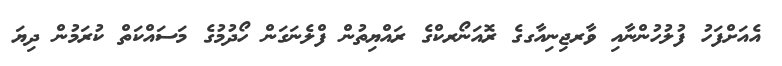
އެއަށްފަހު ފުލުހުންނާއި ވާރޖިނިއާގގެ ރޮއަނޯރކްގެ ރައްޔިތުން ފްލެނަގަން ހޯދުމުގެ މަސައްކަތް ކުރަމުން ދިޔަ